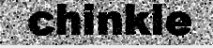
chinkle